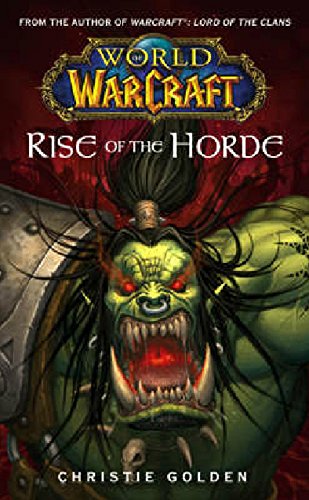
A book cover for World of Warcraft: Rise of the Horde (No. 4); Christie Golden; Science Fiction & Fantasy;